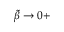
\tilde { \beta } \to 0 +